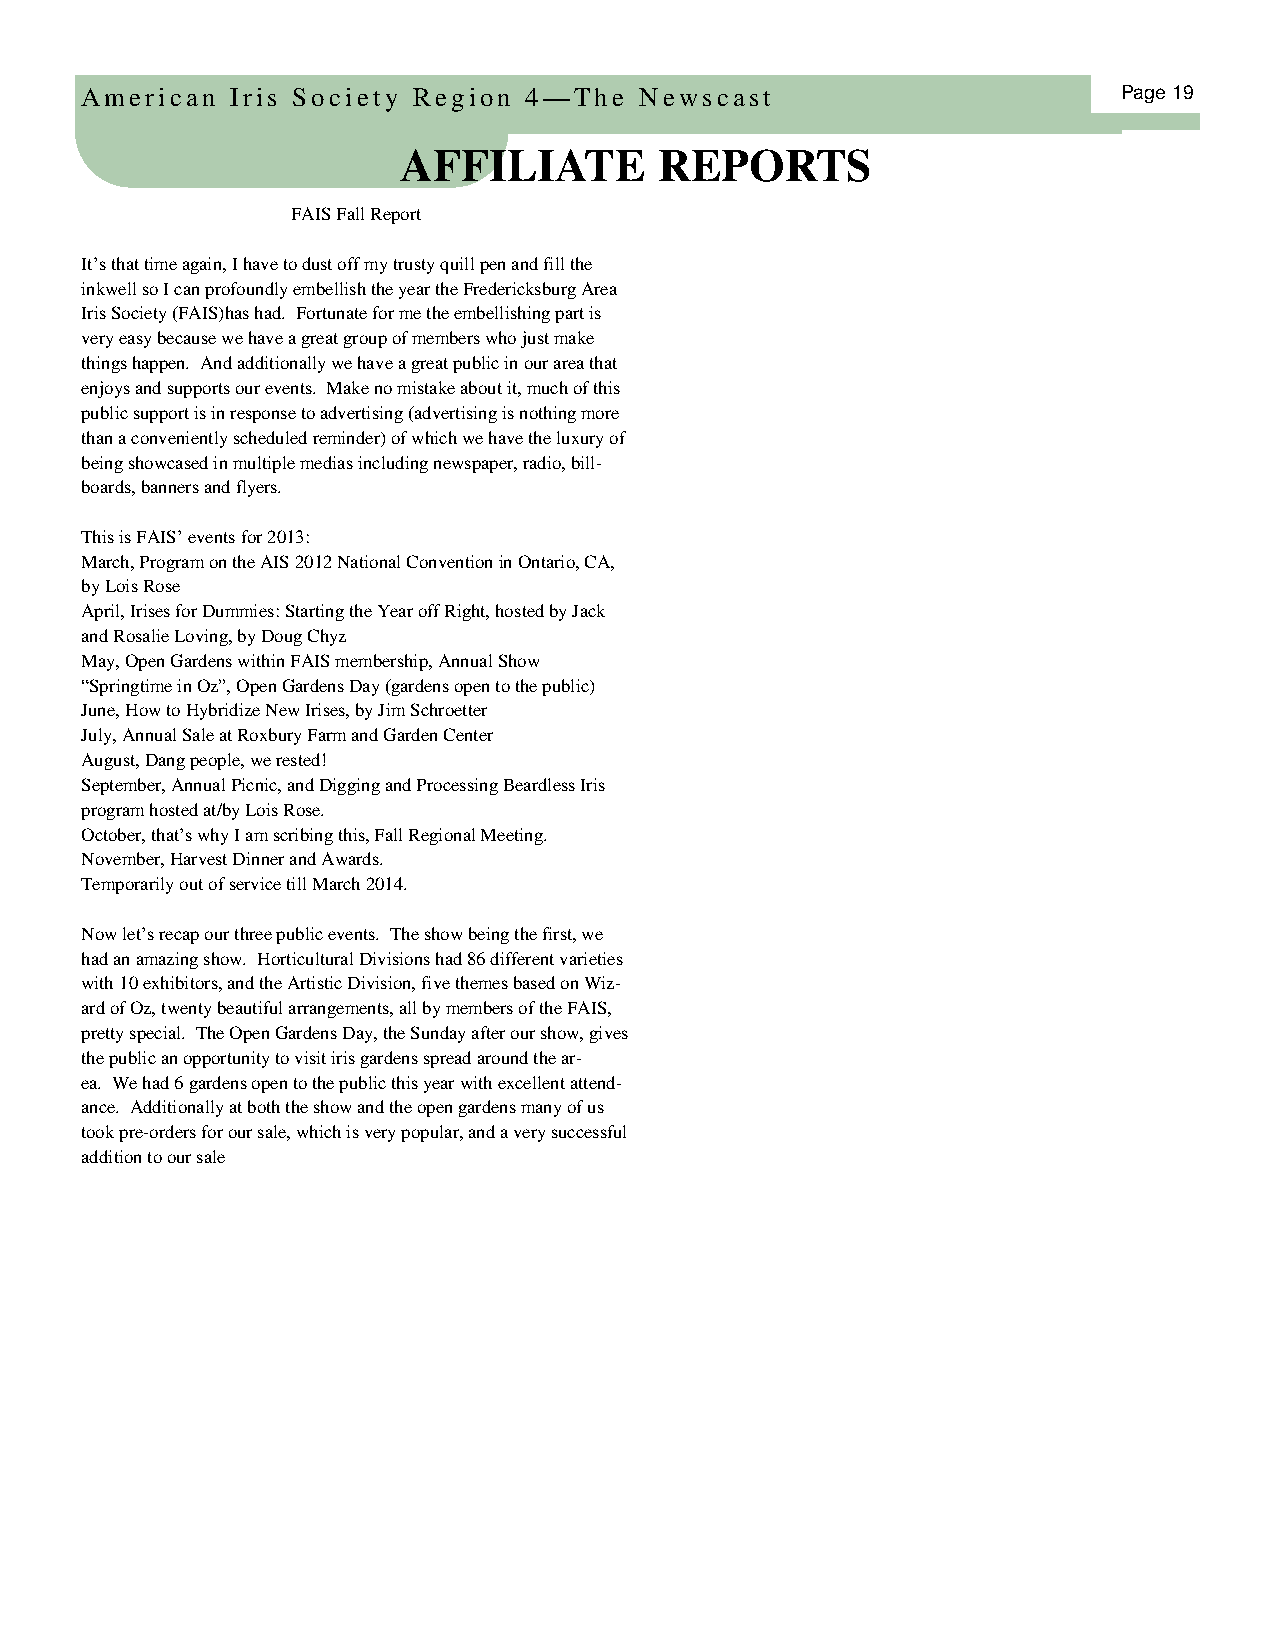
American  Iris Society Region 4—The  Newscast                        Page 19
 AFFILIATE         REPORTS
 FAIS Fall Report
 It’s that time again, I have to dust off my trusty quill pen and fill the
 inkwell so I can profoundly embellish the year the Fredericksburg Area
 Iris Society (FAIS)has had. Fortunate for me the embellishing part is
 very easy because we have a great group of members who just make
 things happen. And additionally we have a great public in our area that
 enjoys and supports our events. Make no mistake about it, much of this
 public support is in response to advertising (advertising is nothing more
 than a conveniently scheduled reminder) of which we have the luxury of
 being showcased in multiple medias including newspaper, radio, bill-
 boards, banners and flyers.
 This is FAIS’ events for 2013:
 March, Program on the AIS 2012 National Convention in Ontario, CA,
 by Lois Rose
 April, Irises for Dummies: Starting the Year off Right, hosted by Jack
 and Rosalie Loving, by Doug Chyz
 May, Open Gardens within FAIS membership, Annual Show
 “Springtime in Oz”, Open Gardens Day (gardens open to the public)
 June, How to Hybridize New Irises, by Jim Schroetter
 July, Annual Sale at Roxbury Farm and Garden Center
 August, Dang people, we rested!
 September, Annual Picnic, and Digging and Processing Beardless Iris
 program hosted at/by Lois Rose.
 October, that’s why I am scribing this, Fall Regional Meeting.
 November, Harvest Dinner and Awards.
 Temporarily out of service till March 2014.
 Now let’s recap our three public events. The show being the first, we
 had an amazing show. Horticultural Divisions had 86 different varieties
 with 10 exhibitors, and the Artistic Division, five themes based on Wiz-
 ard of Oz, twenty beautiful arrangements, all by members of the FAIS,
 pretty special. The Open Gardens Day, the Sunday after our show, gives
 the public an opportunity to visit iris gardens spread around the ar-
 ea. We had 6 gardens open to the public this year with excellent attend-
 ance. Additionally at both the show and the open gardens many of us
 took pre-orders for our sale, which is very popular, and a very successful
 addition to our sale